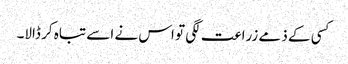
کسی کے ذمے زراعت لگی تو اس نے اسے تباہ کر ڈالا۔